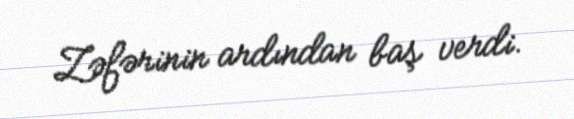
Zəfərinin ardından baş verdi.